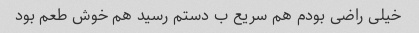
خیلی راضی بودم هم سریع ب دستم رسید هم خوش طعم بود